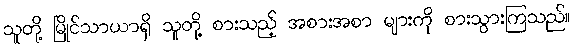
သူတို့ မြိုင်သာယာရှိ သူတို့ စားသည့် အစားအစာ များကို စားသွားကြသည်။